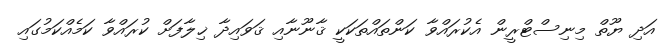
އަދި ޔޫތް މިނިސްޓްރީން އެކުރައްވާ ކަންތައްތަކަކީ ޤާނޫނާއި ޤަވައިދާ ޚިލާފަށް ކުރައްވާ ކަމެއްކަމުގައި